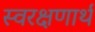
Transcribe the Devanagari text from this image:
स्वरक्षणार्थ